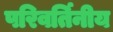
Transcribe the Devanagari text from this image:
परिवर्तिनीय